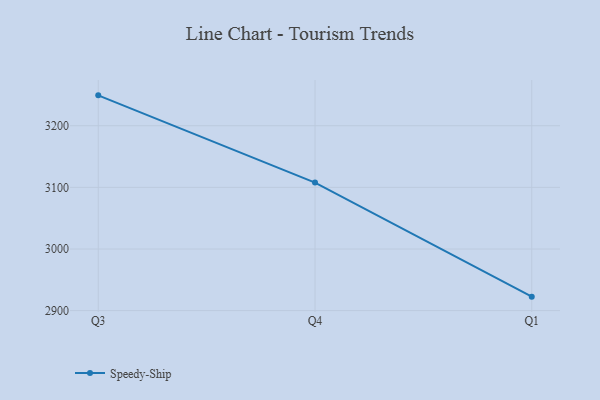
{"axis": {"x": "Quarter", "y": "Revenue (USD Million)"}, "legend": ["Speedy-Ship"], "data": [{"x": "Q3", "y": 3249.3, "type": "Speedy-Ship"}, {"x": "Q4", "y": 3107.8, "type": "Speedy-Ship"}, {"x": "Q1", "y": 2922.7, "type": "Speedy-Ship"}]}